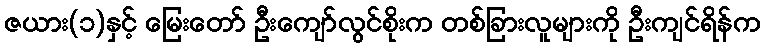
ဇယား(၁)နှင့် မြေးတော် ဦးကျော်လွင်စိုးက တစ်ခြားလူများကို ဦးကျင်ရိန်က